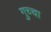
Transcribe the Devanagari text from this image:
गुच्चा